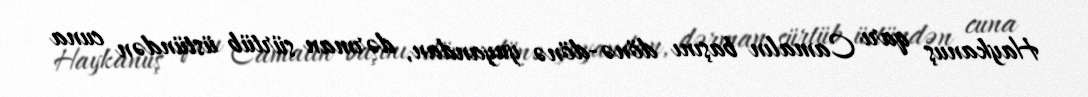
Haykanuş qarı Camalın başını dönə-dönə yuyandan, dərman sürtüb üstündən cuna